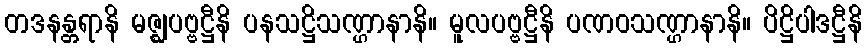
တဒနန္တရာနိ မဇ္ဈပဗ္ဗဋ္ဌီနိ ပနသဋ္ဌိသဏ္ဌာနာနိ။ မူလပဗ္ဗဋ္ဌီနိ ပဏဝသဏ္ဌာနာနိ။ ပိဋ္ဌိပါဒဋ္ဌီနိ